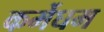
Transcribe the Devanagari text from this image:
कर्मेघम